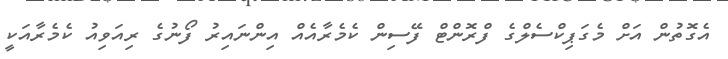
އެގޮތުން އަށް މެގަޕިކްސެލްގެ ފްރޮންޓް ފޭސިން ކެމެރާއެއް އިންނައިރު ފޯނުގެ ރިއަވިއު ކެމެރާއަކީ